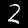
Digit: 2